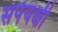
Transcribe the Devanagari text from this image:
सर्पयक्षी